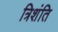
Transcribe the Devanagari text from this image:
त्रिशंति